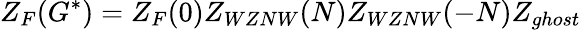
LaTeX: Z_{F}(G^{*})=Z_{F}(0)Z_{WZNW}(N)Z_{WZNW}(-N)Z_{ghost}